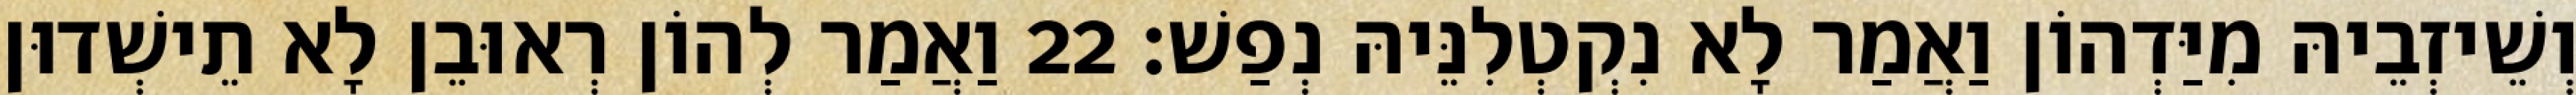
וְשֵׁיזְבֵיהּ מִיַּדְהוֹן וַאֲמַר לָא נִקְטְלִנֵּיהּ נְפַשׁ׃ 22 וַאֲמַר לְהוֹן רְאוּבֵן לָא תֵישְׁדוּן